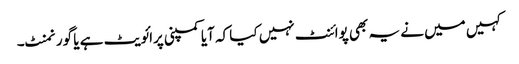
کہیں میں نے یہ بھی پوائنٹ نہیں کیا کہ آیا کمپنی پرائویٹ ہے یا گورنمنٹ۔